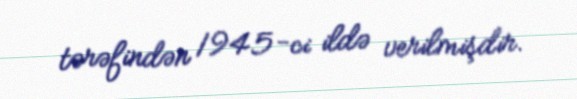
tərəfindən 1945-ci ildə verilmişdir.